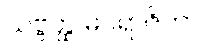
သဗ္ဗတ္ထ မပရာဇိတာ။